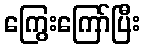
ကြွေးကြော်ပြီး